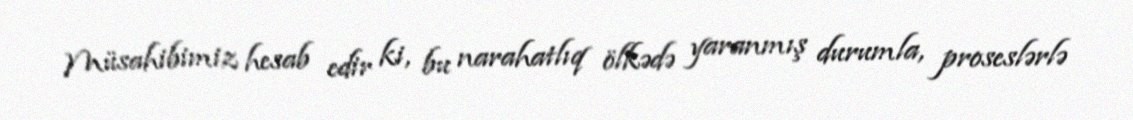
Müsahibimiz hesab edir ki, bu narahatlıq ölkədə yaranmış durumla, proseslərlə